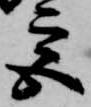
宮